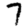
Digit: 7